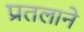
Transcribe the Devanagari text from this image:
प्रतलाने